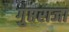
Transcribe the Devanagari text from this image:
गुप्तराजा